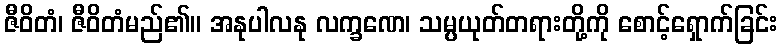
ဇီဝိတံ၊ ဇီဝိတံမည်၏။ အနုပါလနု လက္ခဏေ၊ သမ္ပယုတ်တရားတို့ကို စောင့်ရှောက်ခြင်း